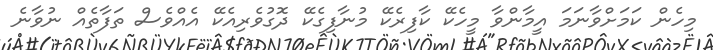
މިހެން ކަމަށްވާނަމަ އީމާންވާ މީހެކޭ ކާފިރެކޭ މުނާފިގެކޭ ދޮގުވެރިއެކޭ އެއްވެސް ތަފާތެއް ނުވާނެ